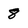
Character: 8